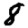
Digit: 8